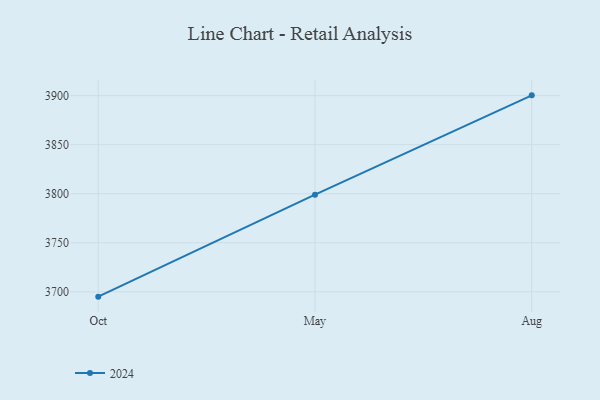
{"axis": {"x": "Month", "y": "Inventory Turnover"}, "legend": ["2024"], "data": [{"x": "Oct", "y": 3695.1, "type": "2024"}, {"x": "May", "y": 3799.1, "type": "2024"}, {"x": "Aug", "y": 3900.3, "type": "2024"}]}